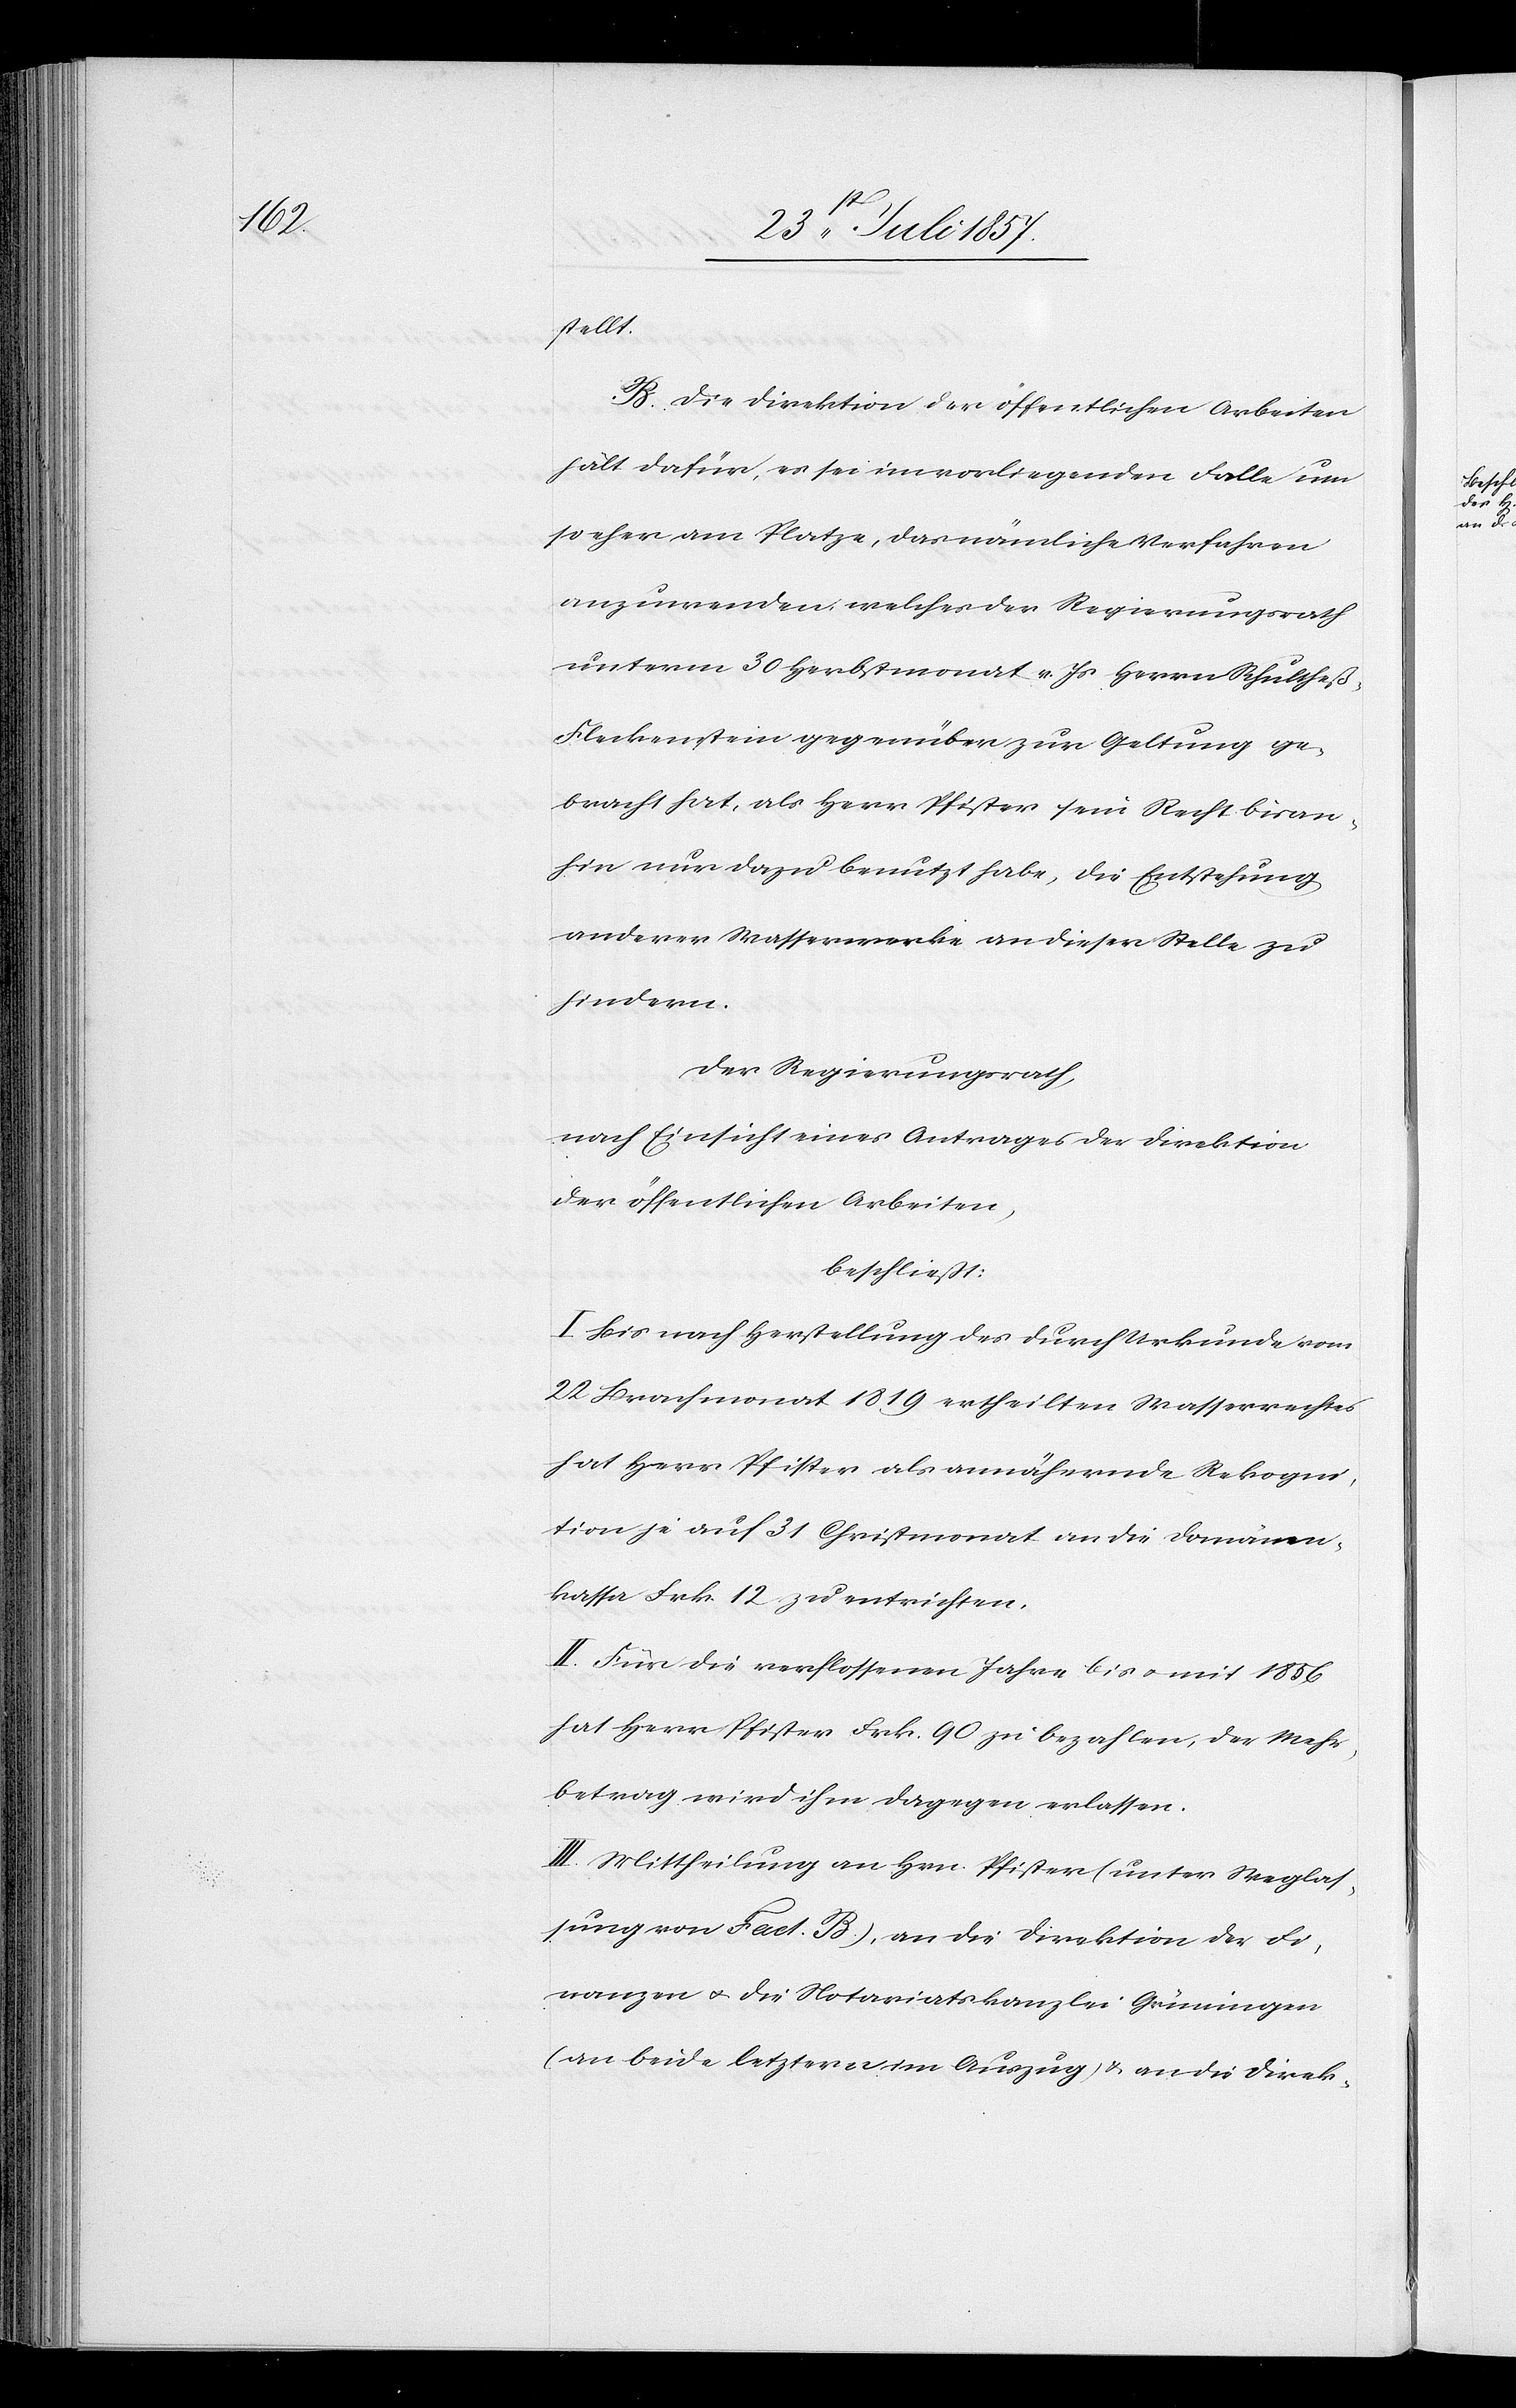
stellt.
B. Die Direktion der öffentlichen Arbeiten
hält dafür, es sei im vorliegenden Falle um
so eher am Platze, das nämliche Verfahren
anzuwenden, welches der Regierungsrath
unterm 30 Herbstmonat v. Js. Herrn Schultheß-F¬
leckenstein gegenüber zur Geltung ge¬
bracht hat, als Herr Pfister sein Recht bisan¬
hin nur dazu benutzt habe, die Entsprechung
anderer Wasserwerke an dieser Stelle zu
hindern.
Der Regierungsrath,
nach Einsicht eines Antrages der Direktion
der öffentlichen Arbeiten,
beschließt:
I. Bis nach Herstellung des durch Urkunde vom
22 Brachmonat 1819 ertheilten Wasserrechtes
hat Herr Pfister als annähernde Rekogni¬
tion je auf 31 Christmonat an die Domänen¬
kassa Frk. 12 zu entrichten.
II. Für die verflossenen Jahre: bis & mit 1856
hat Herr Pfister Frk. 90 zu bezahlen, der Mehr¬
betrag wird ihm dagegen erlassen.
III. Mittheilung an Hrn. Pfister (unter Weglas¬
sung Fact. B), an die Direktion der Fi¬
nanzen & die Notariatskanzlei Grüningen
(an beide letztern im Auszug) & an die Direk-